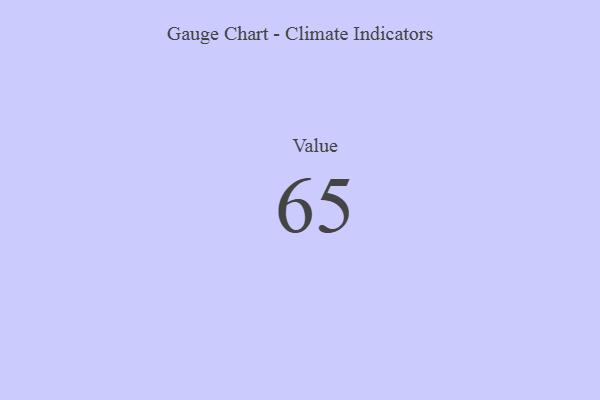
{"axis": {"x": "Metric", "y": "Value"}, "legend": [""], "data": [{"x": "Value", "y": 65, "type": ""}]}